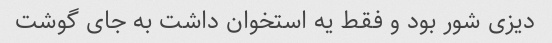
دیزی شور بود و فقط یه استخوان داشت به جای گوشت